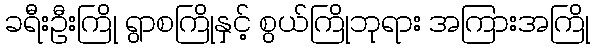
ခရီးဦးကြို ရွာစကြိုနှင့် စွယ်ကြိုဘုရား အကြားအကြို